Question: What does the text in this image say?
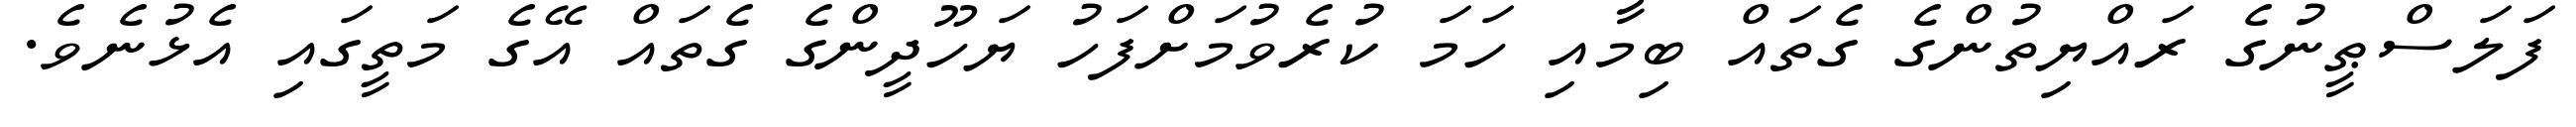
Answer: ފަލަސްޠީނުގެ ރައްޔިތުންގެ ގެތައް ބިމާއި ހަމަ ކުރެވުމަށްފަހު ޔަހޫދީންގެ ގެތައް އޭގެ މަތީގައި އެޅުނެވެ.